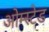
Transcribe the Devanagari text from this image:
ओम्स्टेड